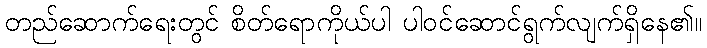
တည်ဆောက်ရေးတွင် စိတ်ရောကိုယ်ပါ ပါဝင်ဆောင်ရွက်လျက်ရှိနေ၏။